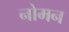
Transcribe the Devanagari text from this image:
नोमन